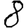
Digit: 8